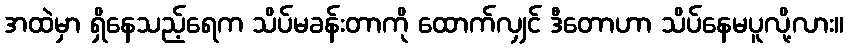
အထဲမှာ ရှိနေသည့်ရေက သိပ်မခန်းတာကို ထောက်လျှင် ဒီတောဟာ သိပ်နေမပူလို့လား။